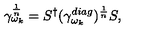
\gamma _ { \omega _ { k } } ^ { \frac { 1 } { n } } = S ^ { \dagger } ( \gamma _ { \omega _ { k } } ^ { d i a g } ) ^ { \frac { 1 } { n } } S ,